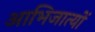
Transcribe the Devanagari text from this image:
आभिजात्यों